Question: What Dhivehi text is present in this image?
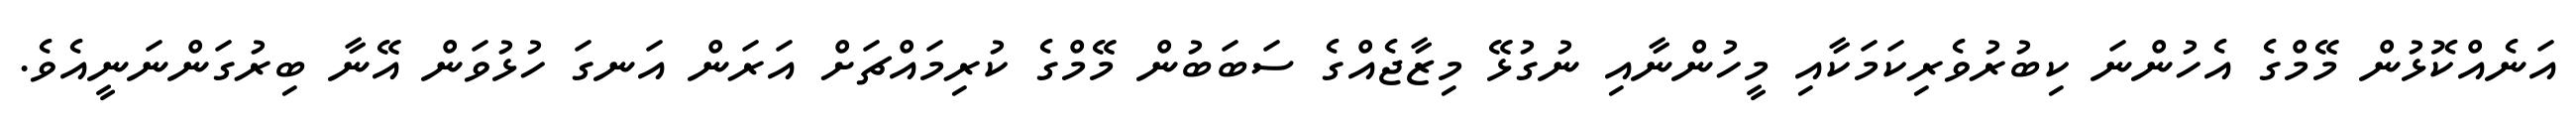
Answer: އަނެއްކޮޅުން މޭމްގެ އެހުންނަ ކިބުރުވެރިކަމަކާއި މީހުންނާއި ނުގުޅޭ މިޒާޖެއްގެ ސަބަބުން މޭމްގެ ކުރިމައްޗަށް އަރަން އަނގަ ހުޅުވަން އޭނާ ބިރުގަންނަނީއެވެ.